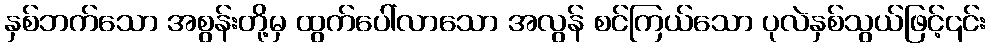
နှစ်ဘက်သော အစွန်းတို့မှ ထွက်ပေါ်လာသော အလွန် စင်ကြယ်သော ပုလဲနှစ်သွယ်ဖြင့်၎င်း